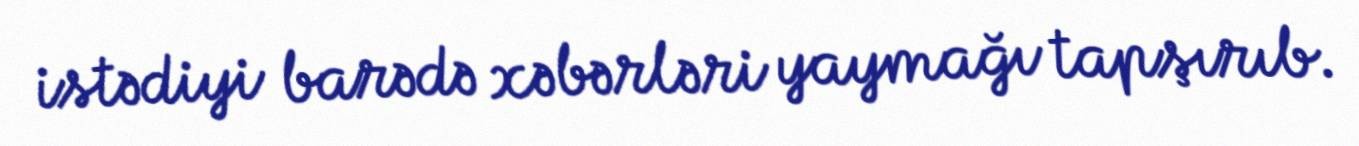
istədiyi barədə xəbərləri yaymağı tapşırıb.